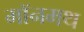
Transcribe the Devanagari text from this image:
मॉनमथ